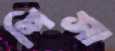
শিসা